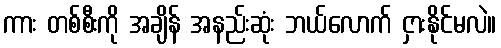
ကား တစ်စီးကို အချိန် အနည်းဆုံး ဘယ်လောက် ငှားနိုင်မလဲ။